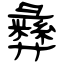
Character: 彝